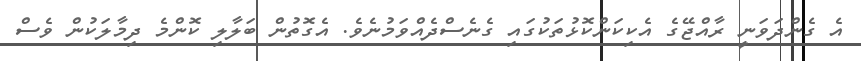
އެ ގެންދަވަނީ ރާއްޖޭގެ އެކިކަންކޮޅުތަކުގައި ގެނެސްދެއްވަމުނެވެ. އެގޮތުން ބަލާލި ކޮންމެ ދިމާލަކުން ވެސް